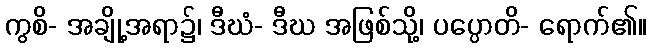
ကွစိ- အချို့အရာ၌၊ ဒီဃံ- ဒီဃ အဖြစ်သို့၊ ပပ္ပောတိ- ရောက်၏။